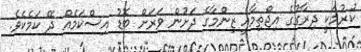
ކުރުމަކީ ދިރާގުގެ އިޖްތިމާއީ ޒިންމާގެ ދަށުން ވަރަށް ބޮޑު އިސްކަމެއް ދޭ ކަމެކެވެ.